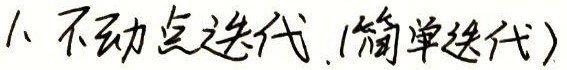
1. 不动点迭代 (简单迭代)